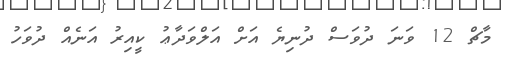
މާޗް 12 ވަނަ ދުވަސް ދުނިޔެ އަށް އަލްވަދާޢު ކީއިރު އަނެއް ދުވަހު